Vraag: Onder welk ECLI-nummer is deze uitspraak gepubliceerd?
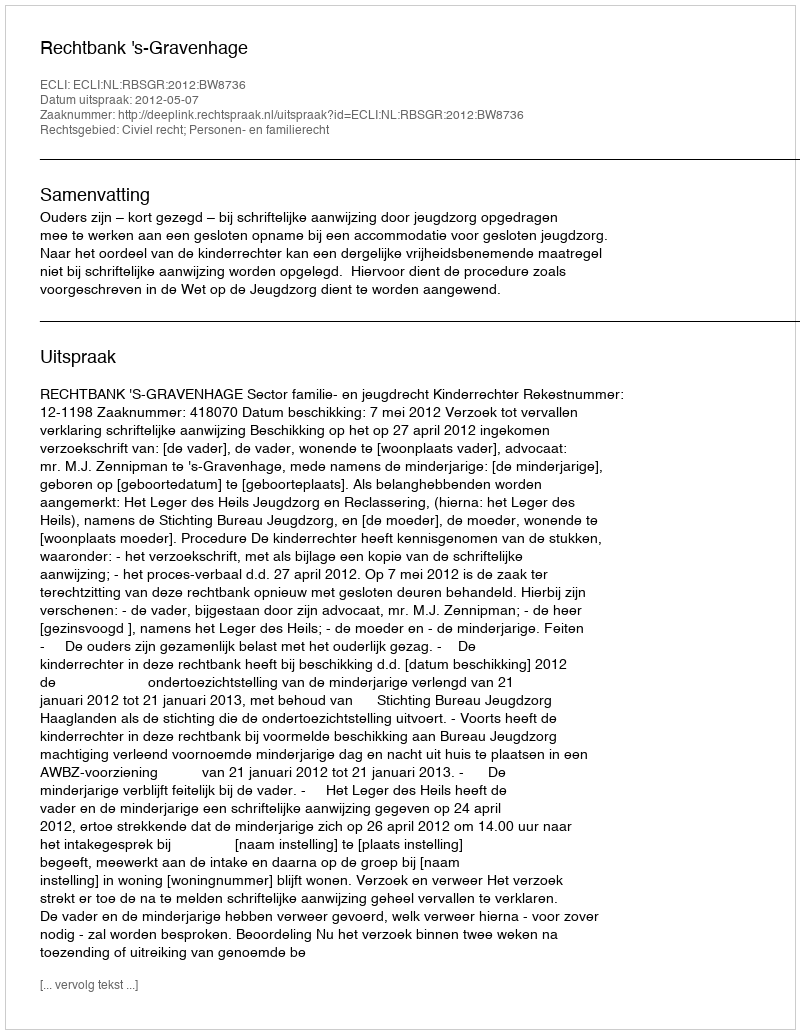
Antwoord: ECLI:NL:RBSGR:2012:BW8736